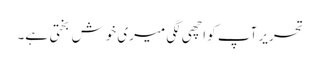
تحریر آپ کو اچھی لگی میری خوش بختی ہے۔